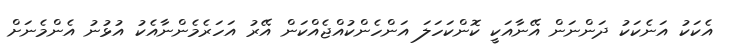
އެކަކު އަނެކަކު ދަންނަން އޭނާއަކީ ކޮންކަހަލަ އަންހެންކުއްޖެއްކަން އޭރު އަހަރެމެންނާއެކު އުޅުނު އެންމެނަށް